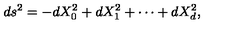
d s ^ { 2 } = - d X _ { 0 } ^ { 2 } + d X _ { 1 } ^ { 2 } + \cdots + d X _ { d } ^ { 2 } ,